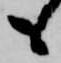
も